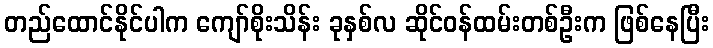
တည်ထောင်နိုင်ပါက ကျော်စိုးသိန်း ခုနှစ်လ ဆိုင်ဝန်ထမ်းတစ်ဦးက ဖြစ်နေပြီး